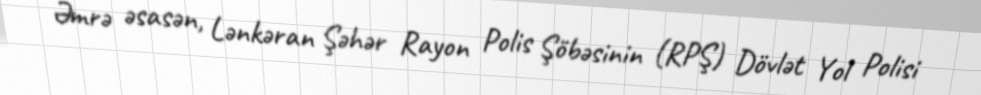
Əmrə əsasən, Lənkəran Şəhər Rayon Polis Şöbəsinin (RPŞ) Dövlət Yol Polisi